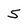
Character: 5